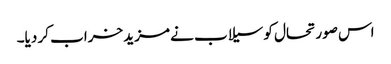
اس صورتحال کو سیلاب نے مزید خراب کر دیا۔